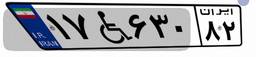
۱۷W۶۳۰۸۲